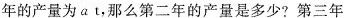
年的产量为a t，那么第二年的产量是多少?第三年